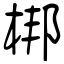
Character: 梆